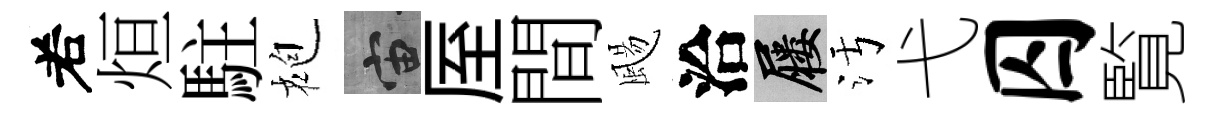
𠰥烜駐袍宙厔間颺洽屨污弋囚覧